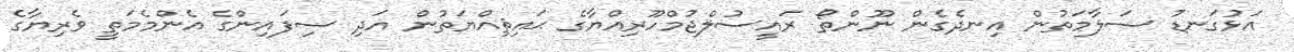
އަޅުގަނޑު ސަލާމަތުން އިނދެގެން ނޫންތޯ ރައީސުލްޖުމްހޫރިއްޔާގެ ޙައިޘިއްޔަތުން އަދި ސިފައިންގެ އެންމެމަތީ ވެރިޔާގެ